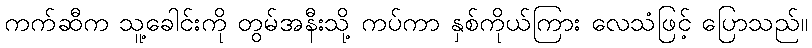
ကက်ဆီက သူ့ခေါင်းကို တွမ်အနီးသို့ ကပ်ကာ နှစ်ကိုယ်ကြား လေသံဖြင့် ပြောသည်။